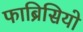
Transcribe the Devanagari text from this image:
फाब्रिसियो